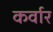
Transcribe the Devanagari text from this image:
कर्वार